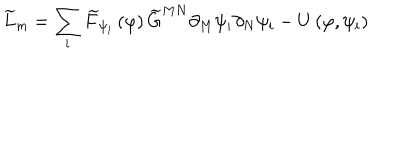
\widetilde { L } _ { m } = \sum _ { i } \widetilde { F } _ { \psi _ { i } } \left( \varphi \right) \widetilde { G } ^ { M N } \partial _ { M } \psi _ { i } \partial _ { N } \psi _ { i } - U \left( \varphi , \psi _ { i } \right)